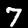
Label: 7